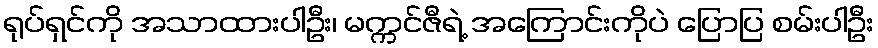
ရုပ်ရှင်ကို အသာထားပါဦး၊ မက္ကင်ဇီရဲ့ အကြောင်းကိုပဲ ပြောပြ စမ်းပါဦး